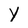
Character: Y